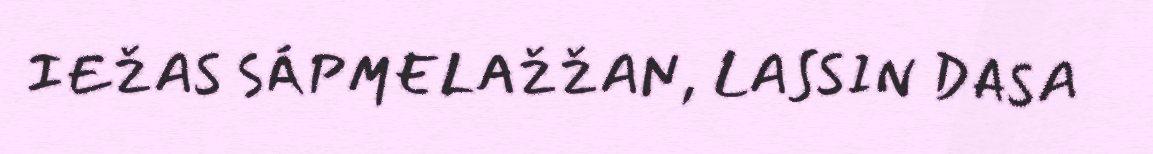
IEŽAS SÁPMELAŽŽAN, LASSIN DASA